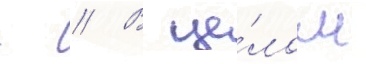
- // В це́лом